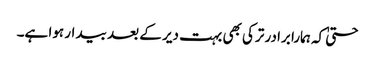
حتیٰ کہ ہمارا برادر ترکی بھی بہت دیر کے بعد بیدار ہوا ہے۔